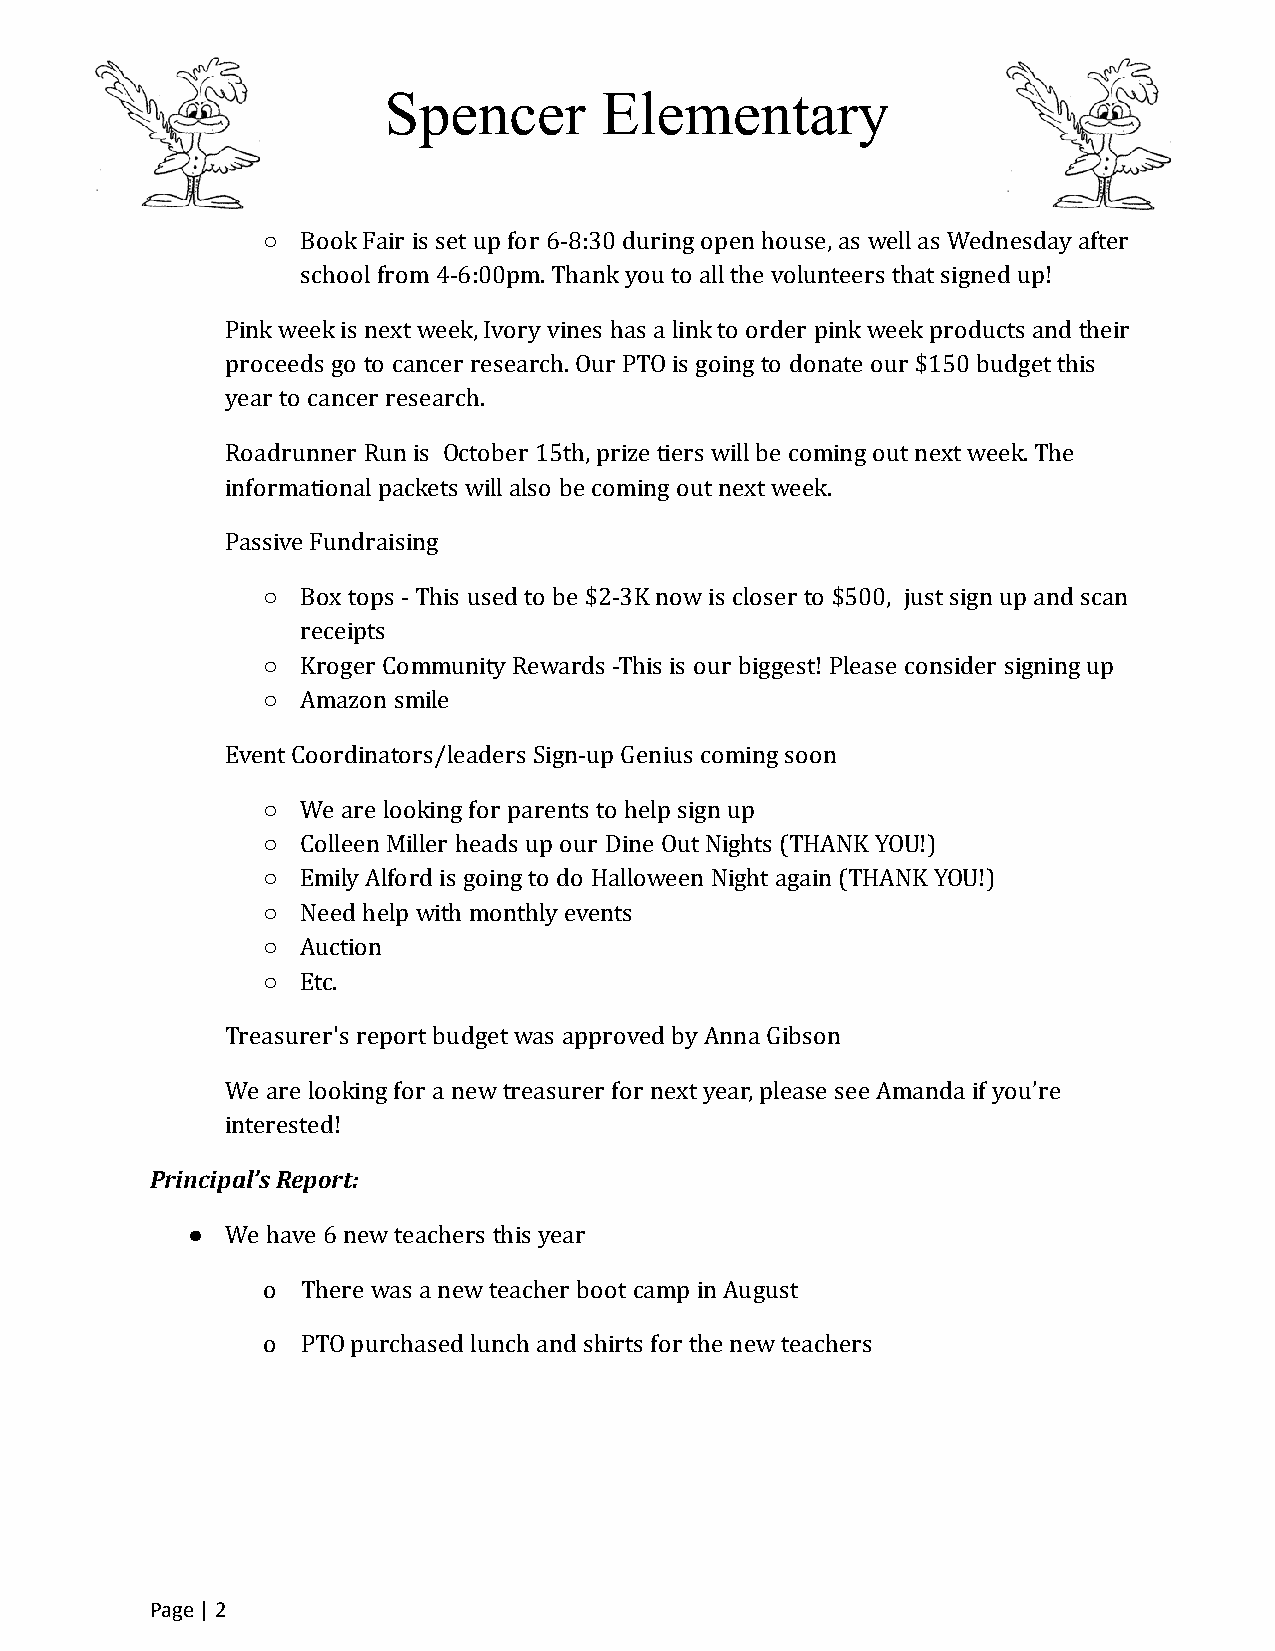
Spencer        Elementary
 ○  Book Fair is set up for 6-8:30 during open house, as well as Wednesday after
 school from 4-6:00pm. Thank you to all the volunteers that signed up!
 Pink week is next week, Ivory vines has a link to order pink week products and their
 proceeds go to cancer research. Our PTO is going to donate our $150 budget this
 year to cancer research.
 Roadrunner Run is October 15th, prize tiers will be coming out next week. The
 informational packets will also be coming out next week.
 Passive Fundraising
 ○  Box tops - This used to be $2-3K now is closer to $500, just sign up and scan
 receipts
 ○  Kroger Community Rewards -This is our biggest! Please consider signing up
 ○  Amazon smile
 Event Coordinators/leaders Sign-up Genius coming soon
 ○  We are looking for parents to help sign up
 ○  Colleen Miller heads up our Dine Out Nights (THANK YOU!)
 ○  Emily Alford is going to do Halloween Night again (THANK YOU!)
 ○  Need help with monthly events
 ○  Auction
 ○  Etc.
 Treasurer's report budget was approved by Anna Gibson
 We are looking for a new treasurer for next year, please see Amanda if you’re
 interested!
 Principal’s Report:
 ●  We have 6 new teachers this year
 o  There was a new teacher boot camp in August
 o  PTO purchased lunch and shirts for the new teachers
 Page | 2